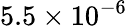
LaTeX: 5.5\times 10^{-6}